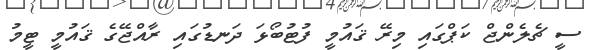
ސީ ޗެލެންޖް ކަޕްގައި މިރޭ ޤައުމީ ފުޓުބޯޅަ ދަނޑުގައި ރާއްޖޭގެ ޤައުމީ ޓީމު